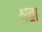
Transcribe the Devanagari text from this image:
श्रद्वा